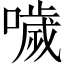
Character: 噦